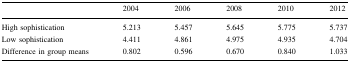
<table><thead><tr><td></td><td><b>2004</b></td><td><b>2006</b></td><td><b>2008</b></td><td><b>2010</b></td><td><b>2012</b></td></tr></thead><tbody><tr><td>High sophistication</td><td>5.213</td><td>5.457</td><td>5.645</td><td>5.775</td><td>5.737</td></tr><tr><td>Low sophistication</td><td>4.411</td><td>4.861</td><td>4.975</td><td>4.935</td><td>4.704</td></tr><tr><td>Difference in group means</td><td>0.802</td><td>0.596</td><td>0.670</td><td>0.840</td><td>1.033</td></tr></tbody></table>